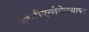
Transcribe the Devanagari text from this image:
एकटीएन्जेसेलसाफ्ट